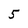
Character: 5